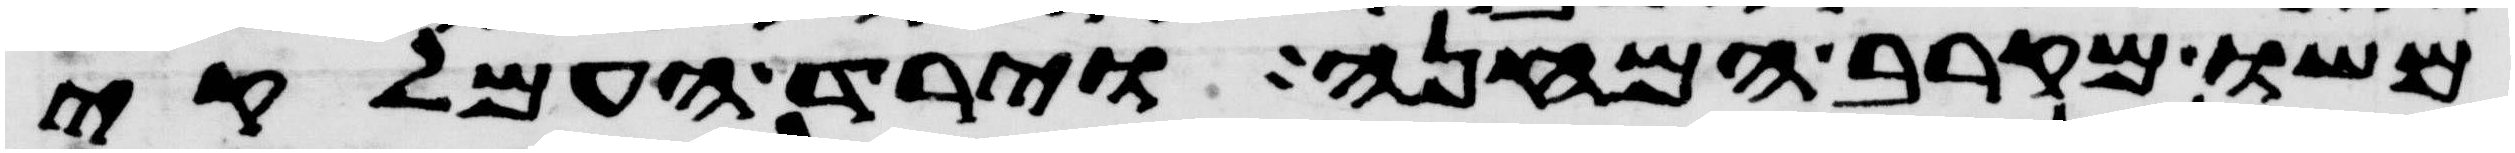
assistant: משו מקרב המחנה וירד העמלקי